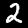
Label: 2